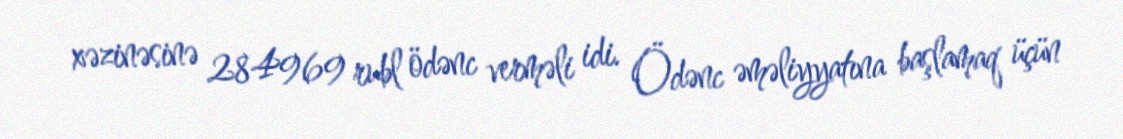
xəzinəsinə 284969 rubl ödənc verməli idi. Ödənc əməliyyatına başlamaq üçün